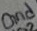
Text: Gnd